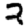
Digit: 2